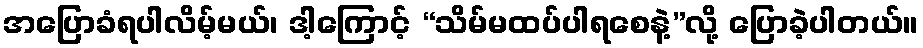
အပြောခံရပါလိမ့်မယ်၊ ဒါ့ကြောင့် “သိမ်မထပ်ပါရစေနဲ့”လို့ ပြောခဲ့ပါတယ်။